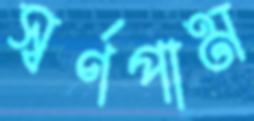
স্বর্ণপাম